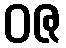
ဝဇ